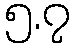
၅.၇